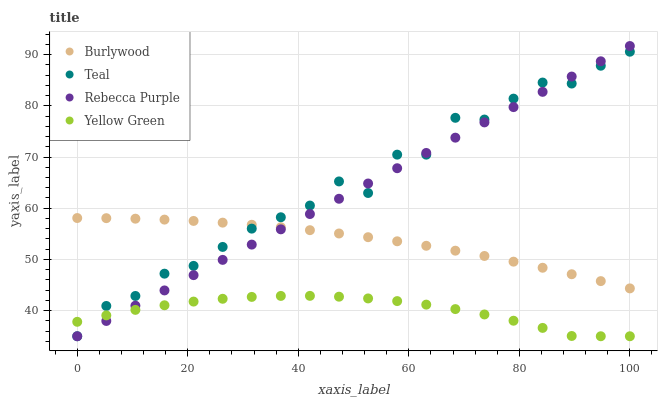
| xaxis_label | Burlywood | Teal | Rebecca Purple | Yellow Green |
 | --- | --- | --- | --- | --- |
 | 0 | 58.1 | 35 | 35 | 37.8 |
 | 5.26 | 58.1 | 40.9 | 38 | 39.1 |
 | 10.5 | 58 | 42.9 | 41 | 40.2 |
 | 15.8 | 57.8 | 47.2 | 43.9 | 41 |
 | 21.1 | 57.5 | 48.7 | 46.9 | 41.8 |
 | 26.3 | 57.2 | 52.4 | 49.9 | 42.3 |
 | 31.6 | 56.8 | 56 | 52.9 | 42.7 |
 | 36.8 | 56.3 | 58.2 | 55.9 | 42.9 |
 | 42.1 | 55.7 | 60.5 | 58.9 | 42.9 |
 | 47.4 | 55.1 | 65.2 | 61.8 | 42.7 |
 | 52.6 | 54.3 | 63 | 64.8 | 42.4 |
 | 57.9 | 53.5 | 70.5 | 67.8 | 41.9 |
 | 63.2 | 52.7 | 70.5 | 70.8 | 41.2 |
 | 68.4 | 51.7 | 77.7 | 73.8 | 40.3 |
 | 73.7 | 50.7 | 77.3 | 76.8 | 39.3 |
 | 78.9 | 49.6 | 81.4 | 79.7 | 38 |
 | 84.2 | 48.4 | 84.5 | 82.7 | 36.6 |
 | 89.5 | 47.1 | 84.3 | 85.7 | 35.1 |
 | 94.7 | 45.8 | 87.8 | 88.7 | 35 |
 | 100 | 44.3 | 90.6 | 91.7 | 35 |